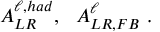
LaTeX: A _ { L R } ^ { \ell , h a d } , \ \ A _ { L R , F B } ^ { \ell } \ .